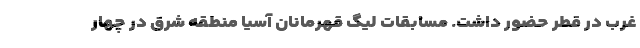
غرب در قطر حضور داشت. مسابقات لیگ قهرمانان آسیا منطقه شرق در چهار